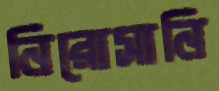
নিরোসানি